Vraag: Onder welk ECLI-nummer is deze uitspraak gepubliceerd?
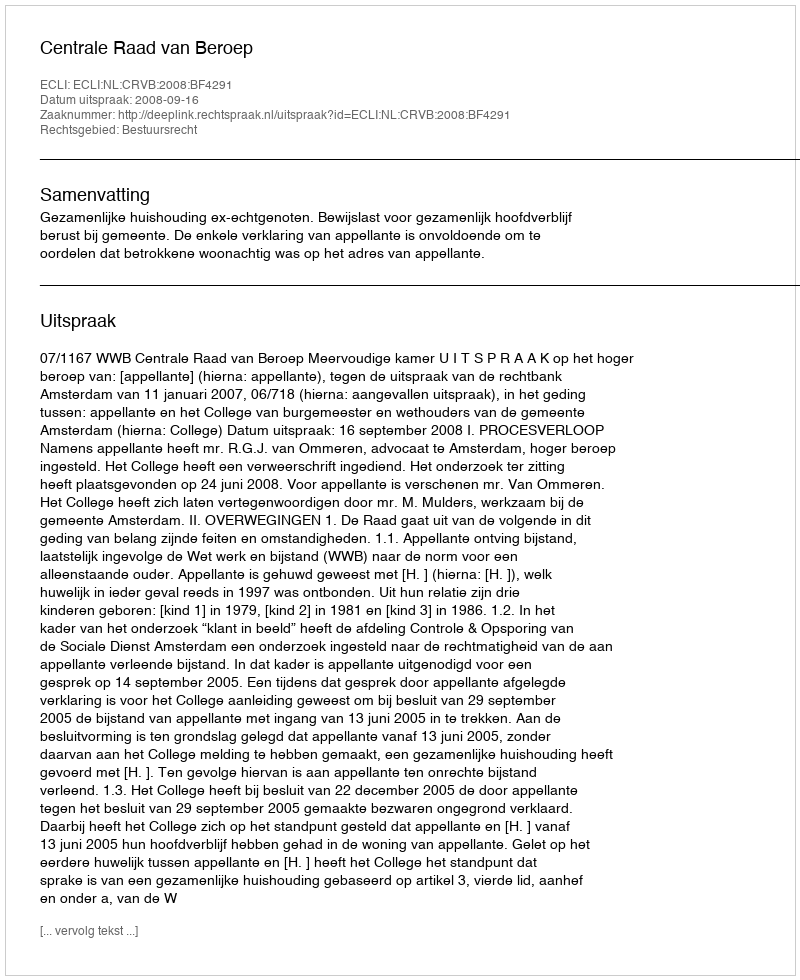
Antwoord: ECLI:NL:CRVB:2008:BF4291